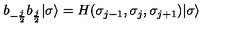
b _ { - { \frac { j } { 2 } } } b _ { { \frac { j } { 2 } } } | \sigma \rangle = H ( \sigma _ { j - 1 } , \sigma _ { j } , \sigma _ { j + 1 } ) | \sigma \rangle